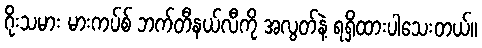
ဂိုးသမား မားကပ်စ် ဘက်တီနယ်လီကို အလွတ်နဲ့ ရရှိထားပါသေးတယ်။